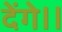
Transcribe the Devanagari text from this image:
देंगे।।